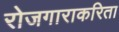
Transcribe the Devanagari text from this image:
रोजगाराकरिता